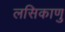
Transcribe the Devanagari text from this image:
लसिकाणु